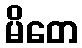
မိတေ